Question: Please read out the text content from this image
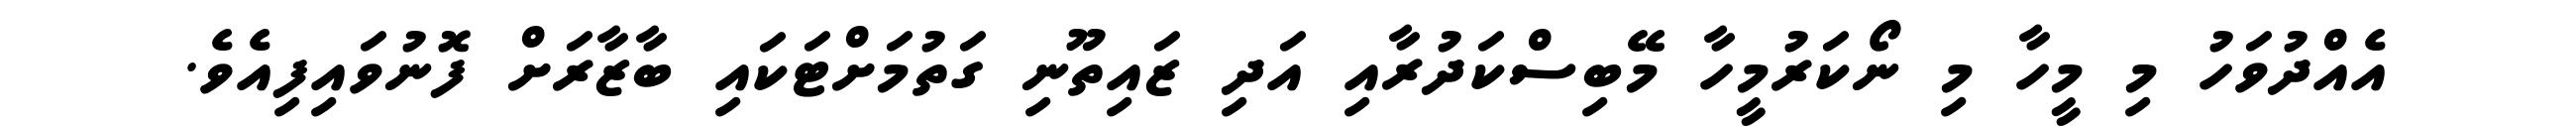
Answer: އެއްދުވަހު މި މީހާ މި ނޯކަރުމީހާ މޭބިސްކަދުރާއި އަދި ޒައިތޫނި ގަތުމަށްޓަކައި ބާޒާރަށް ފޮނުވައިފިއެވެ.